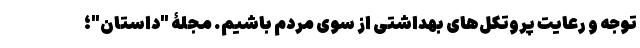
توجه و رعایت پروتکل‌های بهداشتی از سوی مردم باشیم. مجلۀ "داستان"؛